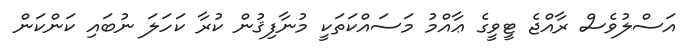
އަސްލުވެސް ރާއްޖެ ޓީވީގެ ޢާއްމު މަސައްކަތަކީ މުނާފިޤުން ކުރާ ކަހަލަ ނުބައި ކަންކަން